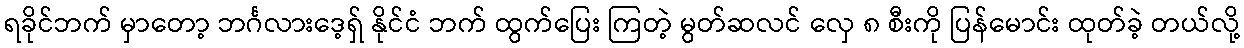
ရခိုင်ဘက် မှာတော့ ဘင်္ဂလားဒေ့ရှ် နိုင်ငံ ဘက် ထွက်ပြေး ကြတဲ့ မွတ်ဆလင် လှေ ၈ စီးကို ပြန်မောင်း ထုတ်ခဲ့ တယ်လို့